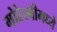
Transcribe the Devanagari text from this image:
मोरेस्बीमध्ये